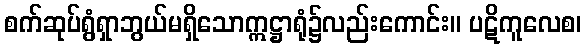
စက်ဆုပ်ရွံရှာဘွယ်မရှိသောဣဋ္ဌာရုံ၌လည်းကောင်း။ ပဋိကူလေစ၊